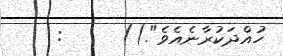
ހުއްދަކުރާނެއެވެ".))     :